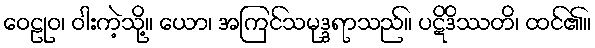
ဝေဠုဝ၊ ဝါးကဲ့သို့။ ယော၊ အကြင်သမုဒ္ဒရာသည်။ ပဋိဒိဿတိ၊ ထင်၏။